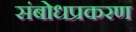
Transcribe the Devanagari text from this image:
संबोधप्रकरण